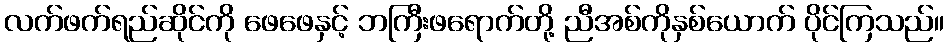
လက်ဖက်ရည်ဆိုင်ကို ဖေဖေနှင့် ဘကြီးဖရောက်တို့ ညီအစ်ကိုနှစ်ယောက် ပိုင်ကြသည်။